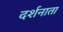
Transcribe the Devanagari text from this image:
दर्शनाता